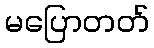
မပြောတတ်